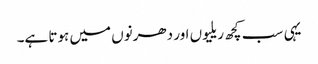
یہی سب کچھ ریلیوں اور دھرنوں میں ہوتا ہے۔